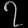
Digit: ၇